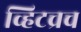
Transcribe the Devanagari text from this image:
व्हिटच्रच